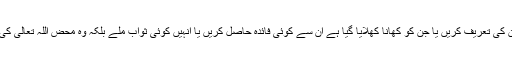
اُن کی یہ غرض نہیں ہوتی کہ لوگ اُن کی تعریف کریں یا جن کو کھانا کھلایا گیا ہے اُن سے کوئی فائدہ حاصل کریں یا اُنہیں کوئی ثواب ملے بلکہ وہ محض اللہ تعالیٰ کی رضاء جوئی کو مدنظر رکھتے ہیں۔